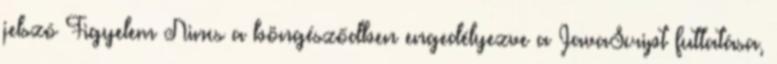
jelszó Figyelem Nincs a böngésződben engedélyezve a JavaScript futtatása,